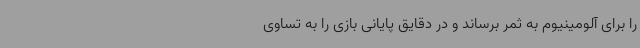
را برای آلومینیوم به ثمر برساند و در دقایق پایانی بازی را به تساوی